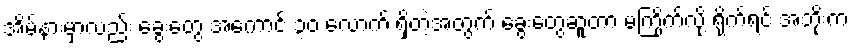
အိမ်နားမှာလည်း ခွေးတွေ အကောင် ၃၀ လောက် ရှိတဲ့အတွက် ခွေးတွေဆူတာ မကြိုက်လို့ ရိုက်ရင် အဘိုးက